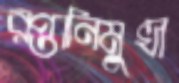
রপ্তানিমুখী